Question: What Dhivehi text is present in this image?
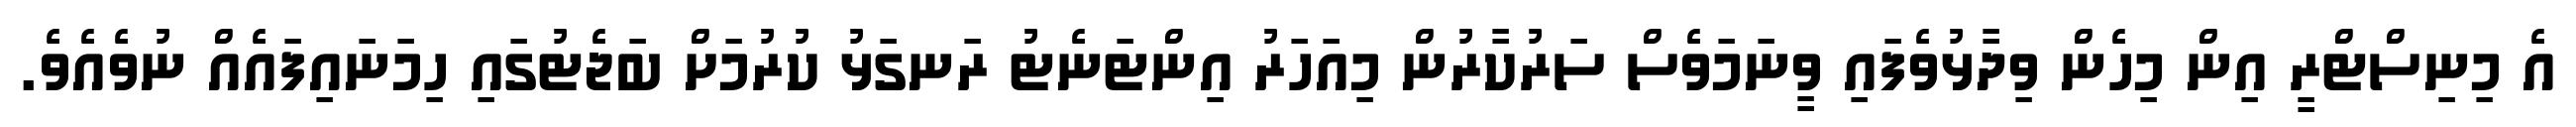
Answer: އެ މިނިސްޓްރީ އިން މިހެން ވިދާޅުވެފައި ވީނަމަވެސް ސަރުކާރުން މިއަހަރު އިންޓަނެޓު ރަނގަޅު ކުރުމަށް ބަޖެޓުގައި ހިމަނައިފައެއް ނުވެއެވެ.